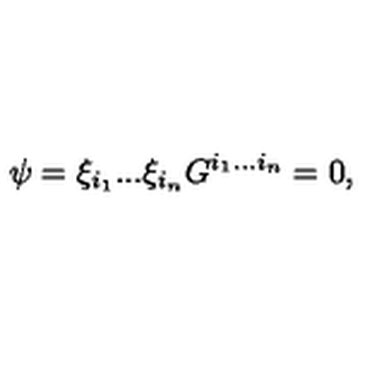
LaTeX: \psi = \xi _ { i _ { 1 } } . . . \xi _ { i _ { n } } G ^ { i _ { 1 } . . . i _ { n } } = 0 ,